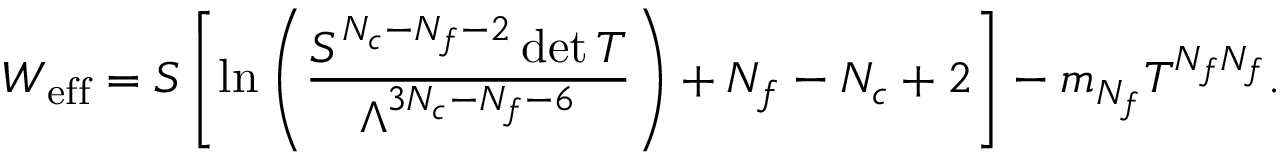
W _ { \mathrm { e f f } } = S \left[ \ln \left( \frac { S ^ { N _ { c } - N _ { f } - 2 } \operatorname * { d e t } T } { \Lambda ^ { 3 N _ { c } - N _ { f } - 6 } } \right) + N _ { f } - N _ { c } + 2 \right] - m _ { N _ { f } } T ^ { N _ { f } N _ { f } } .